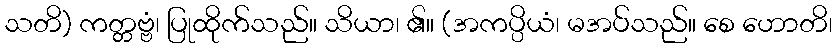
သတိ) ကတ္တဗ္ဗံ၊ ပြုထိုက်သည်။ သိယာ၊ ၏။ (အကပ္ပိယံ၊ မအပ်သည်။ စေ ဟောတိ၊